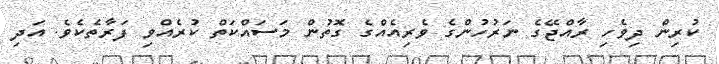
ކުރިން ދިވެހި ރާއްޖޭގެ ނަރުހުންގެ ވެރިއެއްގެ ގޮތުން މަސައްކަތް ކުރެއްވި ފަރާތެކެވެ. އަދި